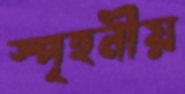
স্পৃহনীয়